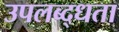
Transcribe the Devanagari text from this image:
उपलब्द्धता